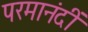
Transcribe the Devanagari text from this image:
परमानंदीं